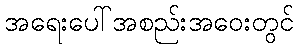
အရေးပေါ်အစည်းအဝေးတွင်